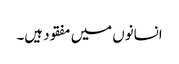
انسانوں میں مفقود ہیں۔